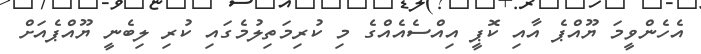
އެހެންވީމަ ޔޫއްޕެ އާއި ކޮޕީ އިއްސެއެއްގެ މި ކުރިމަތިލުމެގައި ކުރި ލިބެނީ ޔޫއްޕެއަށް